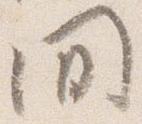
間